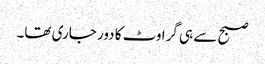
صبح سے ہی گراوٹ کا دور جاری تھا۔